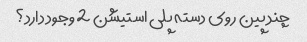
چند پین روی دسته پلی استیشن 2 وجود دارد؟